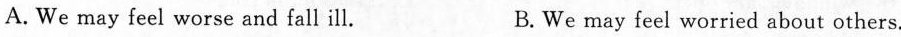
A. We may feel worse and fall ill. B. We may feel worried about others.